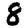
Digit: 8